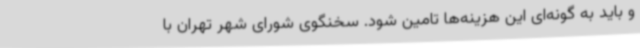
و باید به گونه‌ای این هزینه‌ها تامین شود. سخنگوی شورای شهر تهران با